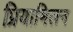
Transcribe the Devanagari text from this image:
प्रियामिलन